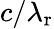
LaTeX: c/\lambda_{\mathrm{r}}